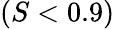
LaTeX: (S<0.9)